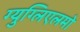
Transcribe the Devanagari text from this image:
ग्युग्लिएलमो